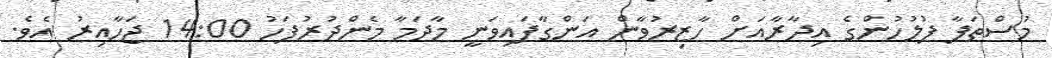
މުސްތަފާ ފުލުހުންގެ އިދާރާއަށް ހާޒިރުވާން އަންގާފައިވަނީ މާދަމާ މެންދުރުފަހު 14:00 ޖަހާއިރު އެވެ.